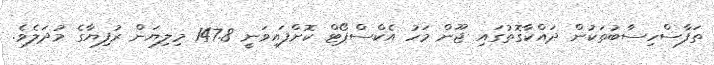
ތަފާސްހިސާބުތަކުން ދައްކާގޮތުގައި ޖޫން މަހު އެކްސްޕޯޓް ކޮށްފައިވަނީ 147.8 މިލިޔަން ރުފިޔާގެ މުދަލެވެ.